Annual administration and progress report of the Indian Medical Department, Bombay
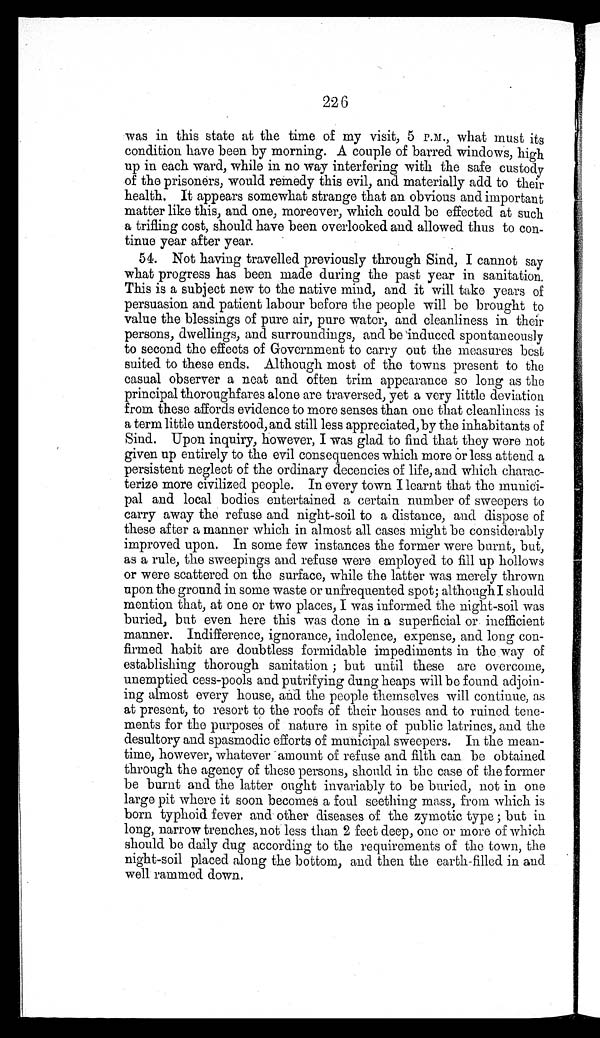
226
was in this state at the time of my visit, 5 P.M., what must its
condition have been by morning. A couple of barred windows, high
up in each ward, while in no way interfering with the safe custody
of the prisoners, would remedy this evil, and materially add to their
health. It appears somewhat strange that an obvious and important
matter like this, and one, moreover, which could be effected at such
a trifling cost, should have been overlooked and allowed thus to con
-tinue year after year.
54. Not having travelled previously through Sind, I cannot say
what progress has been made during the past year in sanitation.
This is a subject new to the native mind, and it will take years of
persuasion and patient labour before the people will be brought to
value the blessings of pure air, pure water, and cleanliness in their
persons, dwellings, and surroundings, and be induced spontaneously
to second the effects of Government to carry out the measures best
suited to these ends. Although most of the towns present to the
casual observer a neat and often trim appearance so long as the
principal thoroughfares alone are traversed, yet a very little deviation
from these affords evidence to more senses than one that cleanliness is
a term little understood, and still less appreciated, by the inhabitants of
Sind. Upon inquiry, however, I was glad to find that they were not
given up entirely to the evil consequences which more or less attend a
persistent neglect of the ordinary decencies of life, and which charac
-terize more civilized people. In every town I learnt that the munici
-pal and local bodies entertained a certain number of sweepers to
carry away the refuse and night-soil to a distance, and dispose of
these after a manner which in almost all cases might be considerably
improved upon. In some few instances the former were burnt, but,
as a rule, the sweepings and refuse were employed to fill up hollows
or were scattered on the surface, while the latter was merely thrown
upon the ground in some waste or unfrequented spot; although I should
mention that, at one or two places, I was informed the night-soil was
buried, but even here this was done in a superficial or inefficient
manner. Indifference, ignorance, indolence, expense, and long con
-firmed habit are doubtless formidable impediments in the way of
establishing thorough sanitation ; but until these are overcome,
unemptied cess-pools and putrifying dung heaps will be found adjoin
-ing almost every house, and the people themselves will continue, as
at present, to resort to the roofs of their houses and to ruined tene
-ments for the purposes of nature in spite of public latrines, and the
desultory and spasmodic efforts of municipal sweepers. In the mean
-time, however, whatever amount of refuse and filth can be obtained
through the agency of these persons, should in the case of the former
be burnt and the latter ought invariably to be buried, not in one
large pit where it soon becomes a foul seething mass, from which is
born typhoid fever and other diseases of the zymotic type ; but in
long, narrow trenches, not less than 2 feet deep, one or more of which
should be daily dug according to the requirements of the town, the
night-soil placed along the bottom, and then the earth-filled in and
well rammed down.